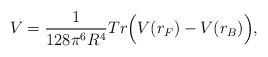
\begin{align*}V=\frac{1}{128\pi^6R^4}Tr\Bigl(V(r_F)-V(r_B)\Bigr),\end{align*}